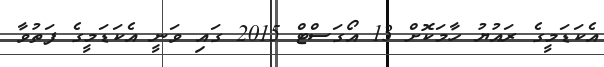
އެކަޑަމީގެ ރައުޔު ހާމަކޮށް 13 އޯގަސްޓް 2015 ގައި ވަނީ އެކަޑަމީގެ ފަތުވާ